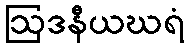
ဩဒနီယဃရံ